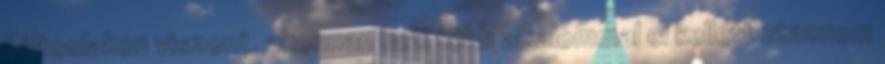
Táltoslakon viszont, ahonnan heti több alkalommal el kellett utaznom